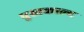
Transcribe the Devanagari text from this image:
पुस्तकाल्य